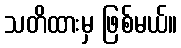
သတိထားမှ ဖြစ်မယ်။